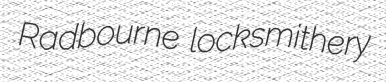
Radbourne locksmithery